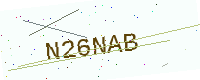
Text: N26NAB